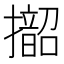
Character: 𱡁